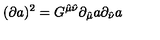
( \partial a ) ^ { 2 } = G ^ { \hat { \mu } \hat { \nu } } \partial _ { \hat { \mu } } a \partial _ { \hat { \nu } } a